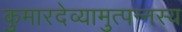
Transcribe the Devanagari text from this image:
कुमारदेव्यामुत्पन्नस्य